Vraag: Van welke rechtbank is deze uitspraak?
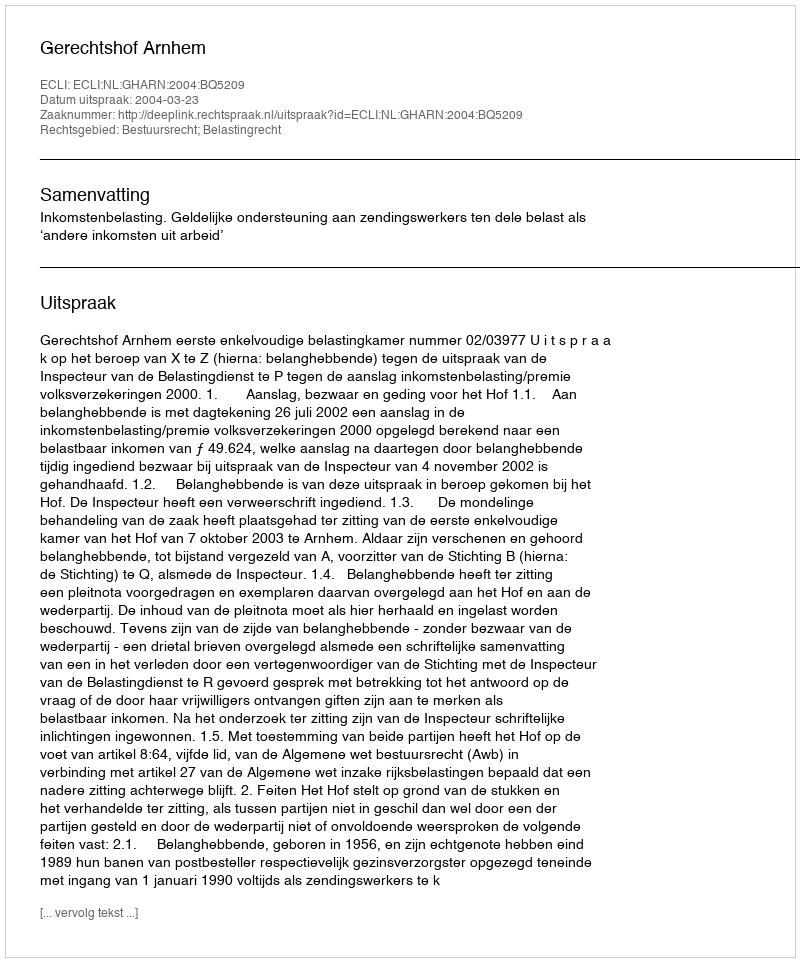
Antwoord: Gerechtshof Arnhem